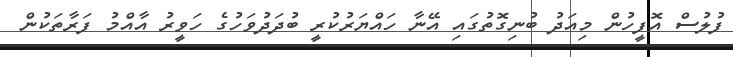
ފުލުސް އޮފީހުން މިއަދު ބުނިގޮތުގައި އޭނާ ހައްޔަރުކުރީ ބުދަދުވަހުގެ ހަވީރު އާއްމު ފަރާތަކުން